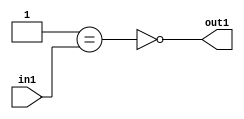
`timescale 1ps / 1ps
/*****************************************************************************
    Verilog RTL Description
    
    
    Created by: Stratus DpOpt 2019.1.01 
*******************************************************************************/

module st_weight_addr_gen_Nei1u16_4_4 (
	in1,
	out1
	); /* architecture "behavioural" */ 
input [15:0] in1;
output  out1;
wire  asc001,
	asc002;

assign asc002 = (21'B000000000000000000001==in1);

assign asc001 = 
	((~asc002));

assign out1 = asc001;
endmodule

/* CADENCE  ubP0SgE= : u9/ySgnWtBlWxVPRXgAZ4Og= ** DO NOT EDIT THIS LINE ******/